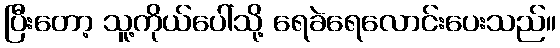
ပြီးတော့ သူ့ကိုယ်ပေါ်သို့ ရေခဲရေလောင်းပေးသည်။